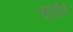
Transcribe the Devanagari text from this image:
षट्पदीय